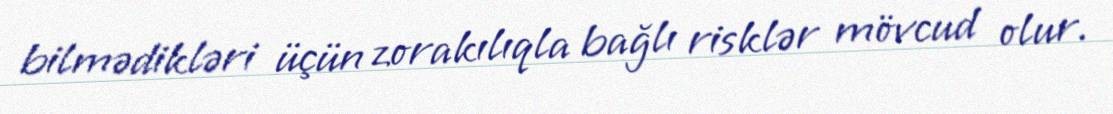
bilmədikləri üçün zorakılıqla bağlı risklər mövcud olur.